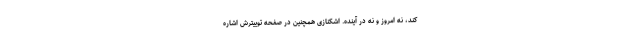
کند، نه امروز و نه در آینده. اشکنازی همچنین در صفحه توییترش اشاره